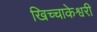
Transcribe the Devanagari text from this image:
खिच्चाकेश्वरी